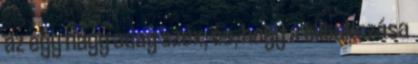
az egy nagy adag szex, és, hogy a tiltakozása